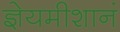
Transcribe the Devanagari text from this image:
ज्ञेयमीशानं